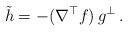
LaTeX: \begin{align*} \tilde h = - (\nabla^\top f)\, g^{\perp}\,.\end{align*}